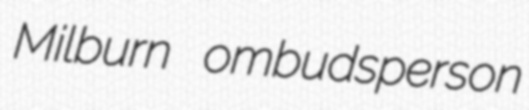
Milburn ombudsperson